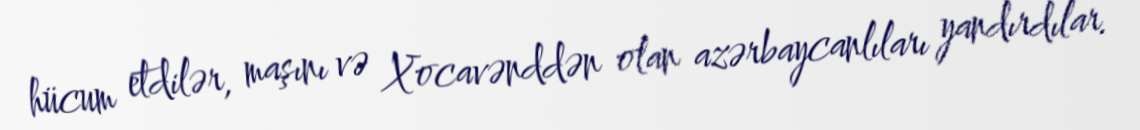
hücum etdilər, maşını və Xocavənddən olan azərbaycanlıları yandırdılar.